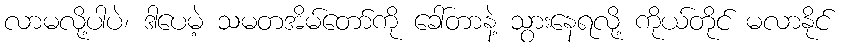
လာမလို့ပါပဲ၊ ဒါပေမဲ့ သမတအိမ်တော်ကို ခေါ်တာနဲ့ သွားနေရလို့ ကိုယ်တိုင် မလာနိုင်